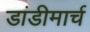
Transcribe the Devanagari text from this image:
डांडीमार्च